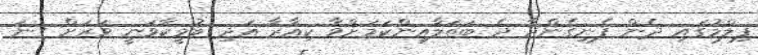
ފިލްމުގައި ދެން ފެނިގެންދާ ދެ ބަތަލާއިންކަމަށްވާ ކިއާރާ އަދި ބުމީކާވަނީ ވަރަށް ގިނަ